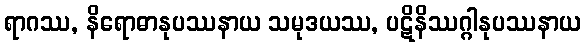
ရာဂဿ, နိရောဓာနုပဿနာယ သမုဒယဿ, ပဋိနိဿဂ္ဂါနုပဿနာယ